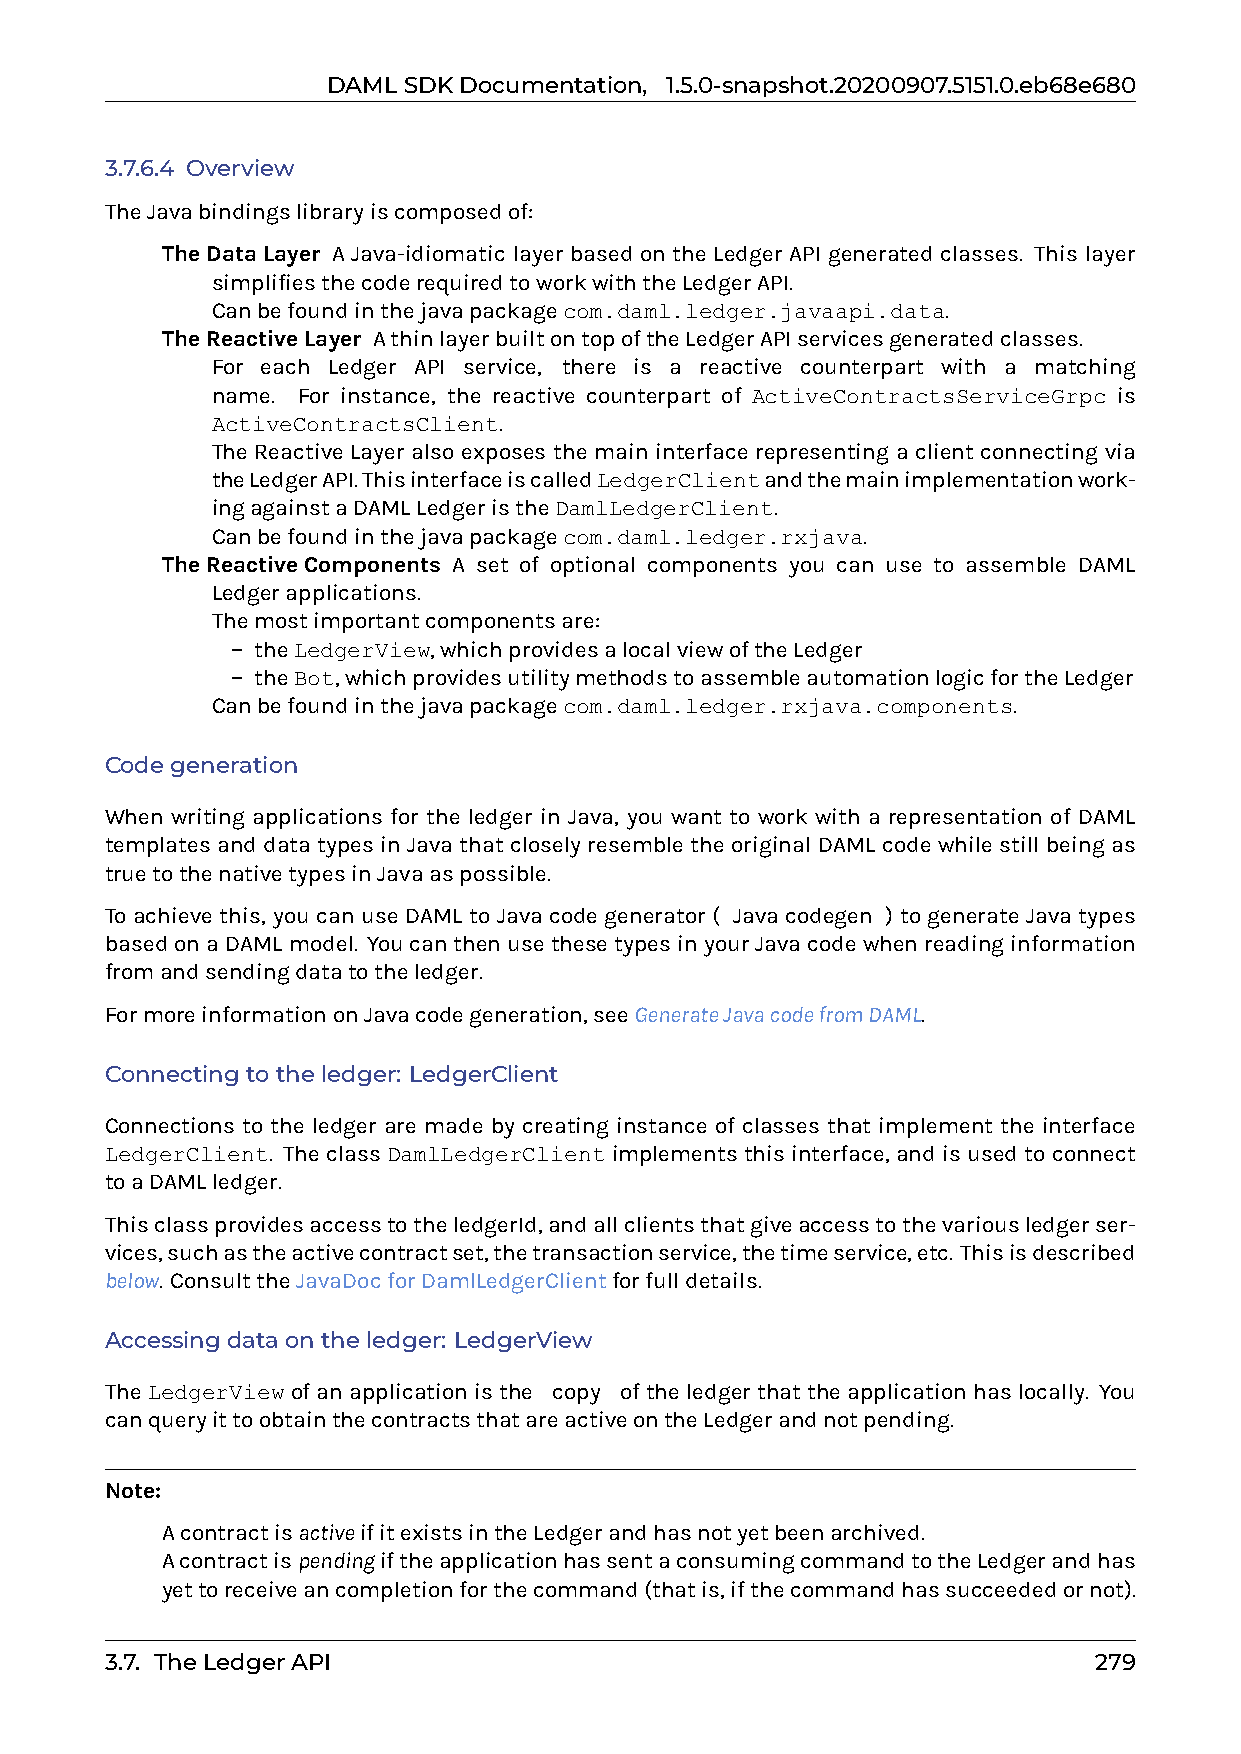
DAMLSDKDocumentation, 1.5.0-snapshot.20200907.5151.0.eb68e680
 3.7.6.4 Overview
 TheJavabindingslibraryiscomposedof:
 0 TheDataLayer A Java-idiomatic layer based on the Ledger API generated classes. This layer
 simplifiesthecoderequiredtoworkwiththeLedgerAPI.
 Canbefoundinthejavapackagecom.daml.ledger.javaapi.data.
 0 TheReactiveLayer AthinlayerbuiltontopoftheLedgerAPIservicesgeneratedclasses.
 For each Ledger API service, there is a reactive counterpart with a matching
 name. For instance, the reactive counterpart of ActiveContractsServiceGrpc is
 ActiveContractsClient.
 The Reactive Layer also exposes the main interface representing a client connecting via
 theLedgerAPI.ThisinterfaceiscalledLedgerClientandthemainimplementationwork-
 ingagainstaDAMLLedgeristheDamlLedgerClient.
 Canbefoundinthejavapackagecom.daml.ledger.rxjava.
 0 TheReactiveComponents A set of optional components you can use to assemble DAML
 Ledgerapplications.
 Themostimportantcomponentsare:
 – theLedgerView,whichprovidesalocalviewoftheLedger
 – theBot,whichprovidesutilitymethodstoassembleautomationlogicfortheLedger
 Canbefoundinthejavapackagecom.daml.ledger.rxjava.components.
 Codegeneration
 When writing applications for the ledger in Java, you want to work with a representation of DAML
 templates and data types in Java that closely resemble the original DAML code while still being as
 truetothenativetypesinJavaaspossible.
 To achieve this, you can use DAML to Java code generator (0Java codegen0) to generate Java types
 basedonaDAMLmodel. YoucanthenusethesetypesinyourJavacodewhenreadinginformation
 fromandsendingdatatotheledger.
 FormoreinformationonJavacodegeneration,seeGenerateJavacodefromDAML.
 Connectingtotheledger: LedgerClient
 Connections to the ledger are made by creating instance of classes that implement the interface
 LedgerClient. The class DamlLedgerClient implements thisinterface, and is used to connect
 toaDAMLledger.
 ThisclassprovidesaccesstotheledgerId,andallclientsthatgiveaccesstothevariousledgerser-
 vices,suchastheactivecontractset,thetransactionservice,thetimeservice,etc. Thisisdescribed
 below. ConsulttheJavaDocforDamlLedgerClientforfulldetails.
 Accessingdataontheledger: LedgerView
 TheLedgerViewofanapplicationisthe0copy0oftheledgerthattheapplicationhaslocally. You
 canqueryittoobtainthecontractsthatareactiveontheLedgerandnotpending.
 Note:
 0 AcontractisactiveifitexistsintheLedgerandhasnotyetbeenarchived.
 0 AcontractispendingiftheapplicationhassentaconsumingcommandtotheLedgerandhas
 yettoreceiveancompletionforthecommand(thatis,ifthecommandhassucceededornot).
 3.7. TheLedgerAPI                                                279